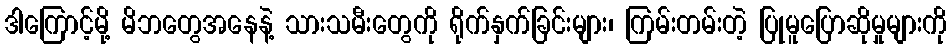
ဒါကြောင့်မို့ မိဘတွေအနေနဲ့ သားသမီးတွေကို ရိုက်နှက်ခြင်းများ၊ ကြမ်းတမ်းတဲ့ ပြုမူပြောဆိုမှုများကို